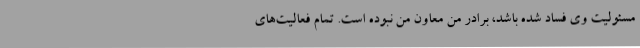
مسئولیت وی فساد شده باشد، برادر من معاون من نبوده است. تمام فعالیت‌های